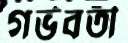
গর্ভবতী